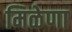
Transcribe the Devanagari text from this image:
मिळेणा